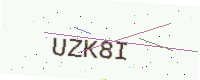
Text: UZK8I